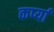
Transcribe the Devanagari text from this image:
कर्प्या